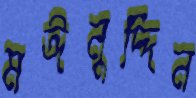
মঈনুদ্দিন